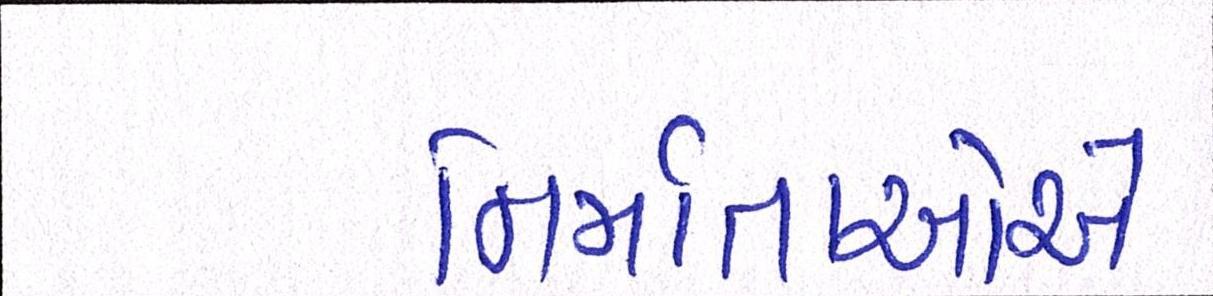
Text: નિર્માતાઓએ